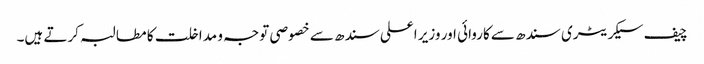
چیف سیکریٹری سندھ سے کاروائی اور وزیر اعلی سندھ سے خصوصی توجہ و مداخلت کا مطالبہ کرتے ہیں۔